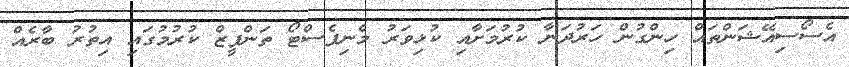
އެސޯސިއޭޝަންތައް ހިންގުން ހަރުދަނާ ކުރުމަށާއި ކުޅިވަރު މެނިފެސްޓޯ ތަންފީޒް ކުރުމުގައި އިތުރު ބާރެއް